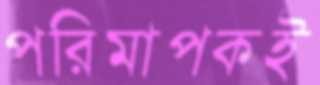
পরিমাপকই